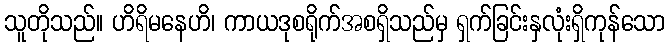
သူတိုသည်။ ဟိရိမနေဟိ၊ ကာယဒုစရိုက်အစရှိသည်မှ ရှက်ခြင်းနှလုံးရှိကုန်သော